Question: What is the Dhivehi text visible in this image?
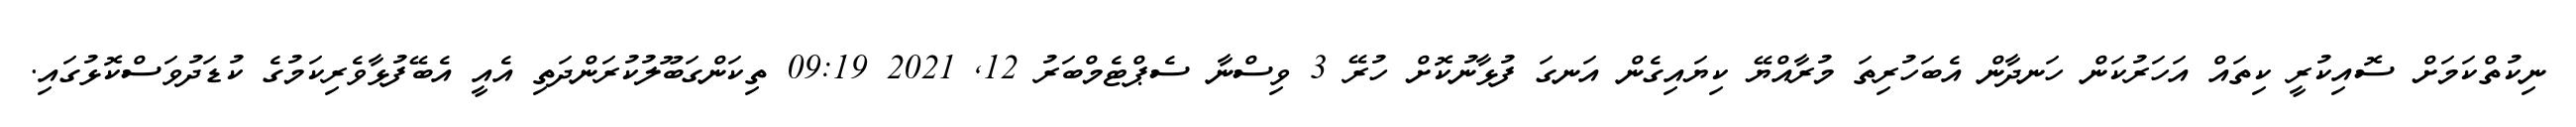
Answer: ނިކުތްކަމަށް ސޮއިކުރީ ކިތައް އަހަރުކަން ހަނދާން އެބަހުރިތަ މުރާއްޔޭ ކިޔައިގެން އަނގަ ފުޅާނުކޮށް ހުރޭ 3 ވިސްނާ ސެޕްޓެމްބަރު 12, 2021 09:19 ތިކަންގަބޫލުކުރަންދަތި އެއީ އެބޭފުޅާވެރިކަމުގެ ކުޑަދުވަސްކޮޅުގައި.